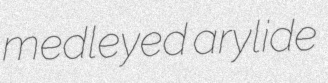
medleyed arylide